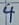
Text: 4